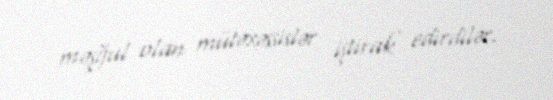
məşğul olan mütəxəssislər iştirak edirdilər.